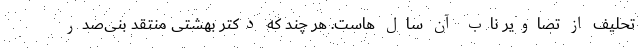
تحلیف از تصاویر ناب آن سال هاست. هر چند که دکتر بهشتی منتقد بنی‌صدر